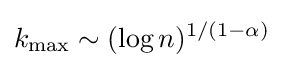
k_{\max }\sim (\log n)^{1/(1-\alpha )}